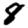
Digit: 8